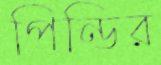
পিন্ডির